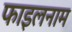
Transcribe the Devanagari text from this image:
फाइलनाम